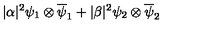
| { \alpha } | ^ { 2 } { \psi } _ { 1 } \otimes { \overline { { \psi } } _ { 1 } } + | { \beta } | ^ { 2 } { \psi } _ { 2 } \otimes { \overline { { \psi } } _ { 2 } }